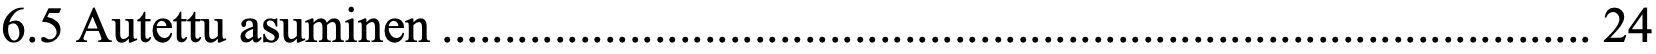
6.5 Autettu asuminen ............................................................................................ 24